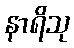
နာရိသု